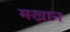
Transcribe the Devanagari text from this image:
मखान